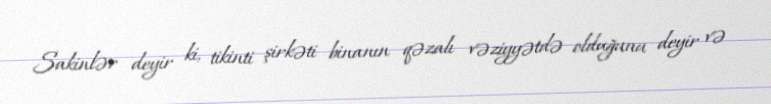
Sakinlər deyir ki, tikinti şirkəti binanın qəzalı vəziyyətdə olduğunu deyir və